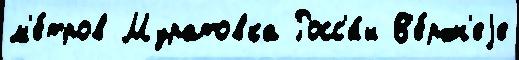
м'е́тров Муратовка Росс'и́и В'е́рхн'еjе